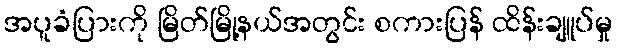
အပူခံပြားကို မြိတ်မြို့နယ်အတွင်း စကားပြန် ထိန်းချူပ်မှု